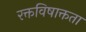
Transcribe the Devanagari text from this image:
रक्तविषाक्तता